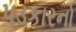
પડકારનો